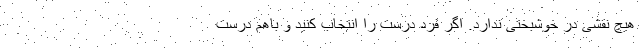
هیچ نقشی در خوشبختی ندارد. اگر فرد درست را انتخاب کنید و باهم درست